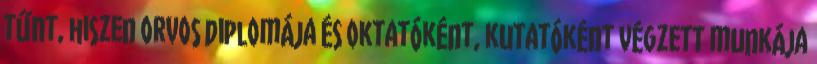
tűnt, hiszen orvos diplomája és oktatóként, kutatóként végzett munkája